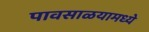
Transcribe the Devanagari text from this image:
पावसाळयामध्ये